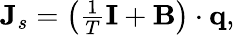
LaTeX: \begin{array}{r}{\mathbf J_{s}=\left(\frac{1}{T}\mathbf I+\mathbf B\right)\cdot\mathbf q,}\end{array}